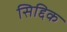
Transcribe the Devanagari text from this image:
सिद्दिक